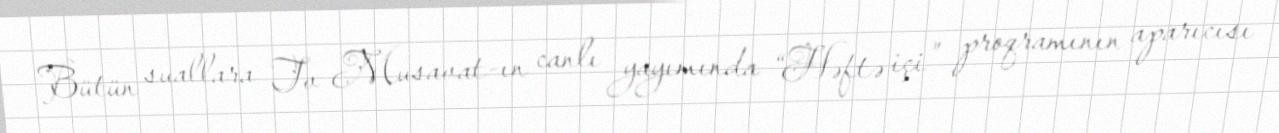
Bütün suallara Tv Musavat-ın canlı yayımında “Həftə içi” proqramının aparıcısı